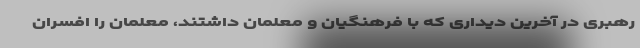
رهبری در آخرین دیداری که با فرهنگیان و معلمان داشتند، معلمان را افسران